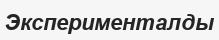
Эксперименталды